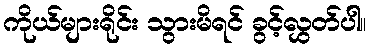
ကိုယ်များရိုင်း သွားမိရင် ခွင့်လွှတ်ပါ။